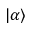
| \alpha \rangle